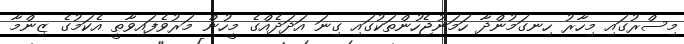
މިސްރުގައި މިހާރު ހިނގަމުންދާ ހަމަނުޖެހުންތަކުގައި ގިނަ އަދަދެއްގެ މީހުން މަރުވެފައިވާތީ އެކަމުގެ ޒިންމާ